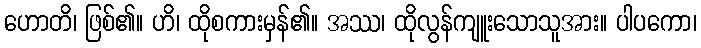
ဟောတိ၊ ဖြစ်၏။ ဟိ၊ ထိုစကားမှန်၏။ အဿ၊ ထိုလွန်ကျူးသောသူအား။ ပါပကော၊